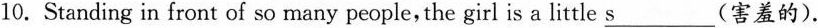
10. Standing in front of so many people,the girl is a little \underline{s}___(害羞的).